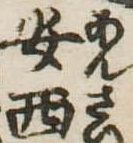
安西